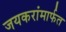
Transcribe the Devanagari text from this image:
जयकरांमार्फत